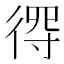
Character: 𢔨